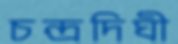
চন্দ্রদিঘী